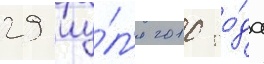
29 иу́л'я 2010 го́да